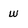
Character: W